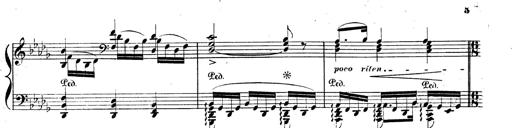
Title: BÃ©nÃ©diction et serment
Composer: Franz Liszt